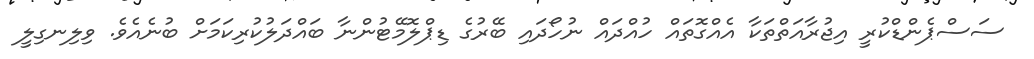
ސަސްޕެންޑްކުރީ އިޖުރާއަތްތަކާ އެއްގޮތައް ހުއްދައް ނުހޯދައި ބޭރުގެ ޑިޕްލޮމޭޓުންނާ ބައްދަލުކުރިކަމަށް ބުނެއެވެ. ވިލިނގިލީ